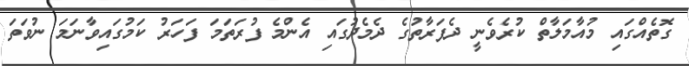
ގޮތެއްގައި މުއާމަލާތް ކުރެވެނީ ދެފަރާތުގެ ދެމެދުގައި އެންމެ ފުރަތަމަ ފަހަރު ކަމުގައިވާނަމަ ނުވަތަ